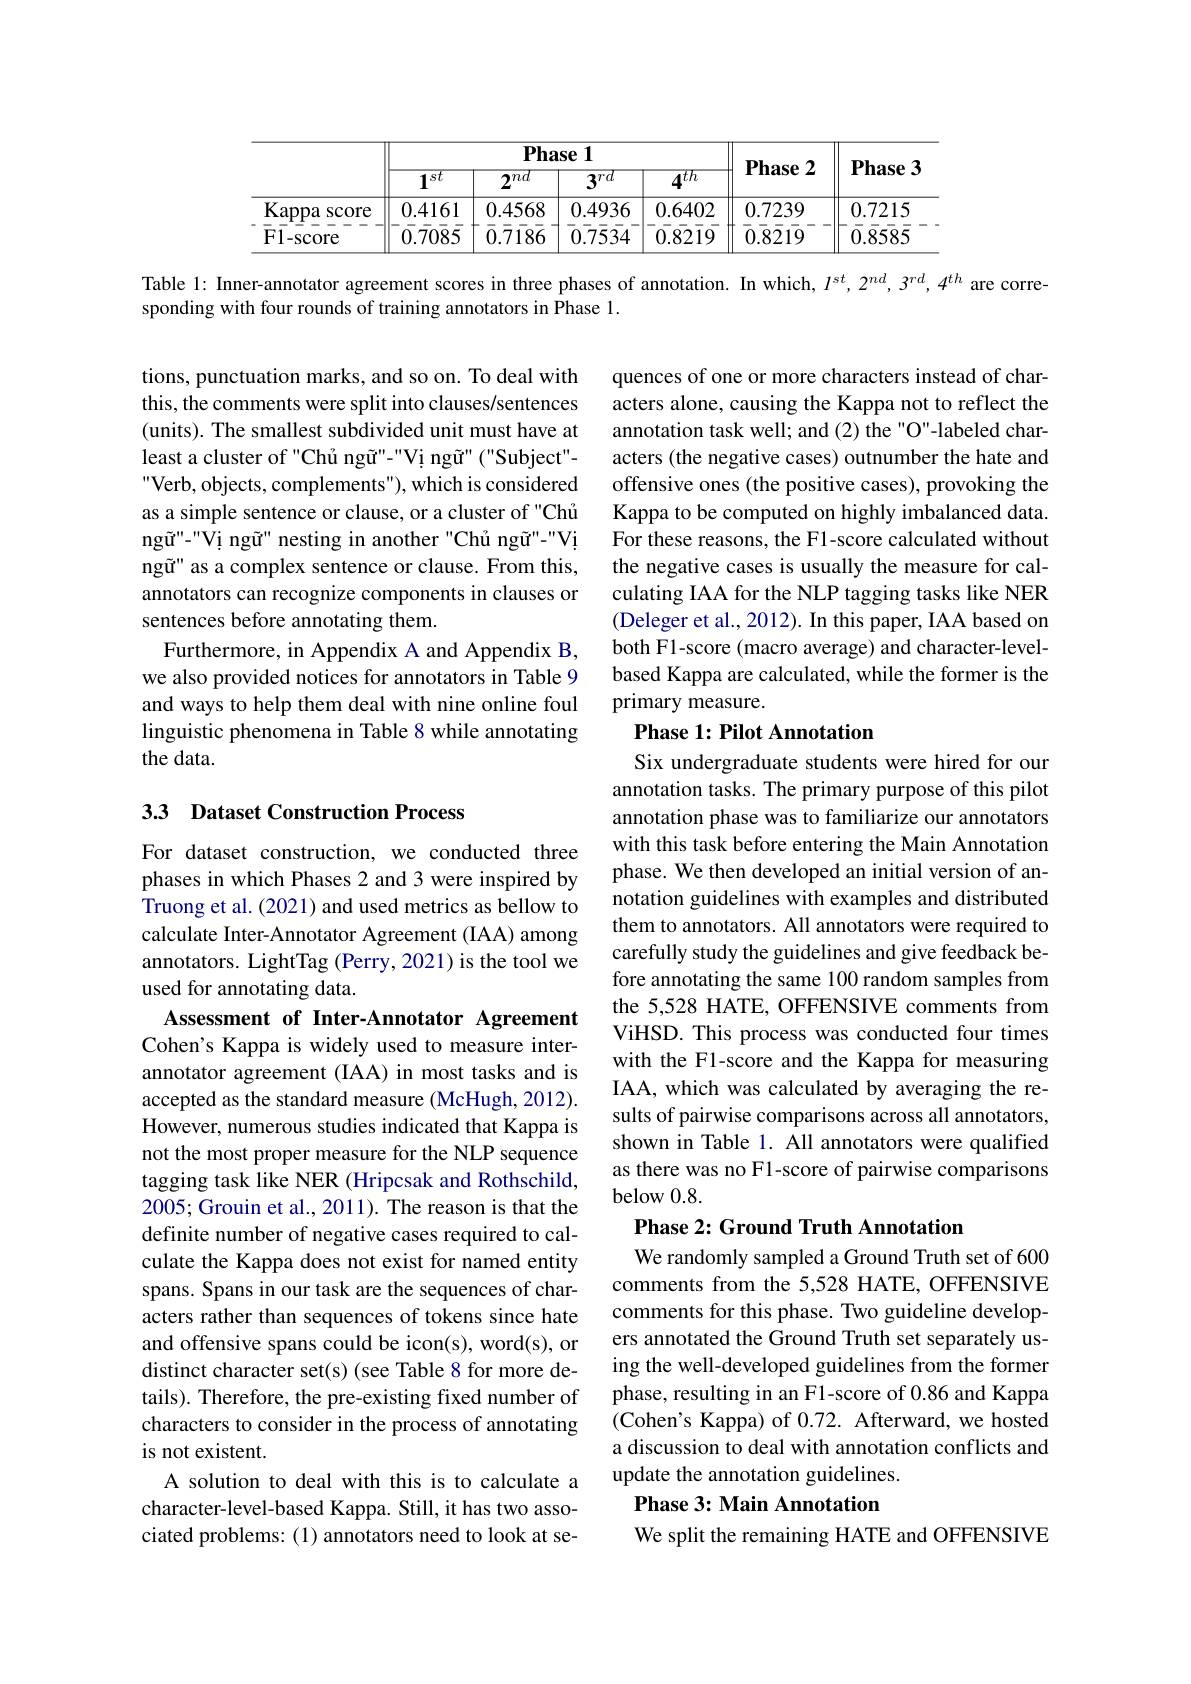
<table>
	<tbody>
		<tr>
			<th> </th>
			<th colspan="4">$\mathbf{Phase1}$</th>
			<th rowspan="2">Phase 2</th>
			<th rowspan="2">Phase 3</th>
		</tr>
		<tr>
			<th> </th>
			<th>$1^{i}$ $1St$</th>
			<th>$2^{nd}$</th>
			<th>$3^{rd}$</th>
			<th>Ath</th>
		</tr>
		<tr>
			<td>Kappa score</td>
			<td>0.4161</td>
			<td>0.4568</td>
			<td>0.4936</td>
			<td>0.6402</td>
			<td>0.7239</td>
			<td>0.7215</td>
		</tr>
		<tr>
			<td>$\mathbf{F1-score}$</td>
			<td>0.7085</td>
			<td>$\bar{0}.\bar{7}\bar{18}\bar{6}$</td>
			<td>0.7534</td>
			<td>0.8219</td>
			<td>0.8219</td>
			<td>0.8585</td>
		</tr>
	</tbody>
</table>

Table 1: Inner-annotator agreement scores in three phases of annotation. In which, $I^{st},2^{nd},3^{rd},4^{th}$ are corre-

sponding with four rounds of training annotators in Phase 1.

quences of one or more characters instead of characters alone, causing the Kappa not to reflect the annotation task well; and (2) the "O"-labeled characters (the negative cases) outnumber the hate and offensive ones (the positive cases), provoking the Kappa to be computed on highly imbalanced data. For these reasons, the F1-score calculated without the negative cases is usually the measure for calculating IAA for the NLP tagging tasks like NER (Deleger et al., 2012). In this paper, IAA based on both Fl-score (macro average) and character-levelbased Kappa are calculated, while the former is the primary measure.

tions, punctuation marks, and so on. To deal with this, the comments were split into clauses/sentences (units). The smallest subdivided unit must have at least a cluster of "Chú ngű"-"Vi ngű"("Subject"- Verb, objects, complements"), which is considered as a simple sentence or clause, or a cluster of "Chű $ng\~{u}"-"Vi ng\~{u}" nesting in another "Ch\^{u} ng\~{u}"-"Vị$ ngữ" as a complex sentence or clause. From this, annotators can recognize components in clauses or sentences before annotating them.
Furthermore, in Appendix A and Appendix B, we also provided notices for annotators in Table 9 and ways to help them deal with nine online foul linguistic phenomena in Table 8 while annotating the data.

## Phase 1: Pilot Annotation

# 33 Dataset Construction Process

Six undergraduate students were hired for our annotation tasks. The primary purpose of this pilot annotation phase was to familiarize our annotators with this task before entering the Main Annotation phase. We then developed an initial version of annotation guidelines with examples and distributed them to annotators. All annotators were required to carefully study the guidelines and give feedback before annotating the same 100 random samples from the 5,528 HATE, OFFENSIVE comments from ViHSD. This process was conducted four times with the F1-score and the Kappa for measuring IAA, which was calculated by averaging the results of pairwise comparisons across all annotators, shown in Table 1. All annotators were qualified as there was no F1-score of pairwise comparisons below 0.8.
Phase 2: Ground Truth Annotation

For dataset construction, we conducted three phases in which Phases 2 and 3 were inspired by Truong et al. (2021) and used metrics as bellow to calculate Inter-Annotator Agreement (IAA) among annotators. LightTag (Perry, 2021) is the tool we used for annotating data.
Assessment of Inter-Annotator Agreement Cohen's Kappa is widely used to measure interannotator agreement (IAA) in most tasks and is accepted as the standard measure (McHugh, 2012). However, numerous studies indicated that Kappa is not the most proper measure for the NLP sequence tagging task like NER (Hripcsak and Rothschild, 2005; Grouin et al., 2011). The reason is that the definite number of negative cases required to calculate the Kappa does not exist for named entity spans. Spans in our task are the sequences of characters rather than sequences of tokens since hate and offensive spans could be icon(s), word(s), or distinct character set(s) (see Table 8 for more details). Therefore, the pre-existing fixed number of characters to consider in the process of annotating is not existent.
A solution to deal with this is to calculate a character-level-based Kappa. Still, it has two associated problems:(1) annotators need to look at se-

We randomly sampled a Ground Truth set of 600 comments from the 5,528 HATE, OFFENSIVE comments for this phase. Two guideline developers annotated the Ground Truth set separately using the well-developed guidelines from the former phase, resulting in an F1-score of 0.86 and Kappa (Cohen's Kappa) of 0.72. Afterward, we hosted a discussion to deal with annotation conflicts and update the annotation guidelines.
Phase 3: Main Annotation
We split the remaining HATE and OFFENSIVE